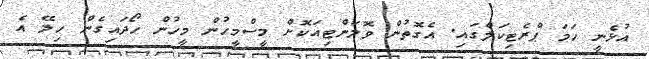
އުޅެނީ ހަމަ ޕްރެޓިކަލްގައި. އެގޮތުން ވޮލަންޓިއަކޮށް މީސްމީހުން މީހުން ހޯދައިގެން ހިލޭ އެ